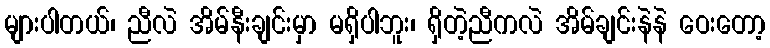
များပါတယ်၊ ညီလဲ အိမ်နီးချင်းမှာ မရှိပါဘူး၊ ရှိတဲ့ညီကလဲ အိမ်ချင်းနဲနဲ ဝေးတော့